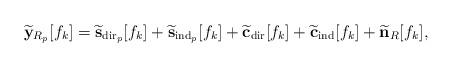
LaTeX: \begin{align*} \widetilde{\bf y}_{R_p}[f_k]=\widetilde{\bf s}_{{\mathrm{dir}}_{p}}[f_k]+\widetilde{\bf s}_{\mathrm{ind}_p}[f_k] +\widetilde{\bf c}_{\mathrm{dir}}[f_k]+\widetilde{\bf c}_{\mathrm{ind}}[f_k]+\widetilde{\bf n}_R[f_k],\end{align*}